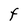
Character: f